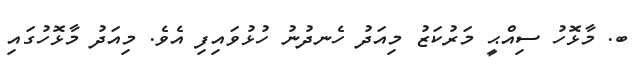
ބ. މާޅޮހު ސިއްޙީ މަރުކަޒު މިއަދު ހެނދުނު ހުޅުވައިފި އެވެ. މިއަދު މާޅޮހުގައި